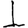
Digit: 1